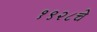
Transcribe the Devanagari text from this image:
१९२८चे